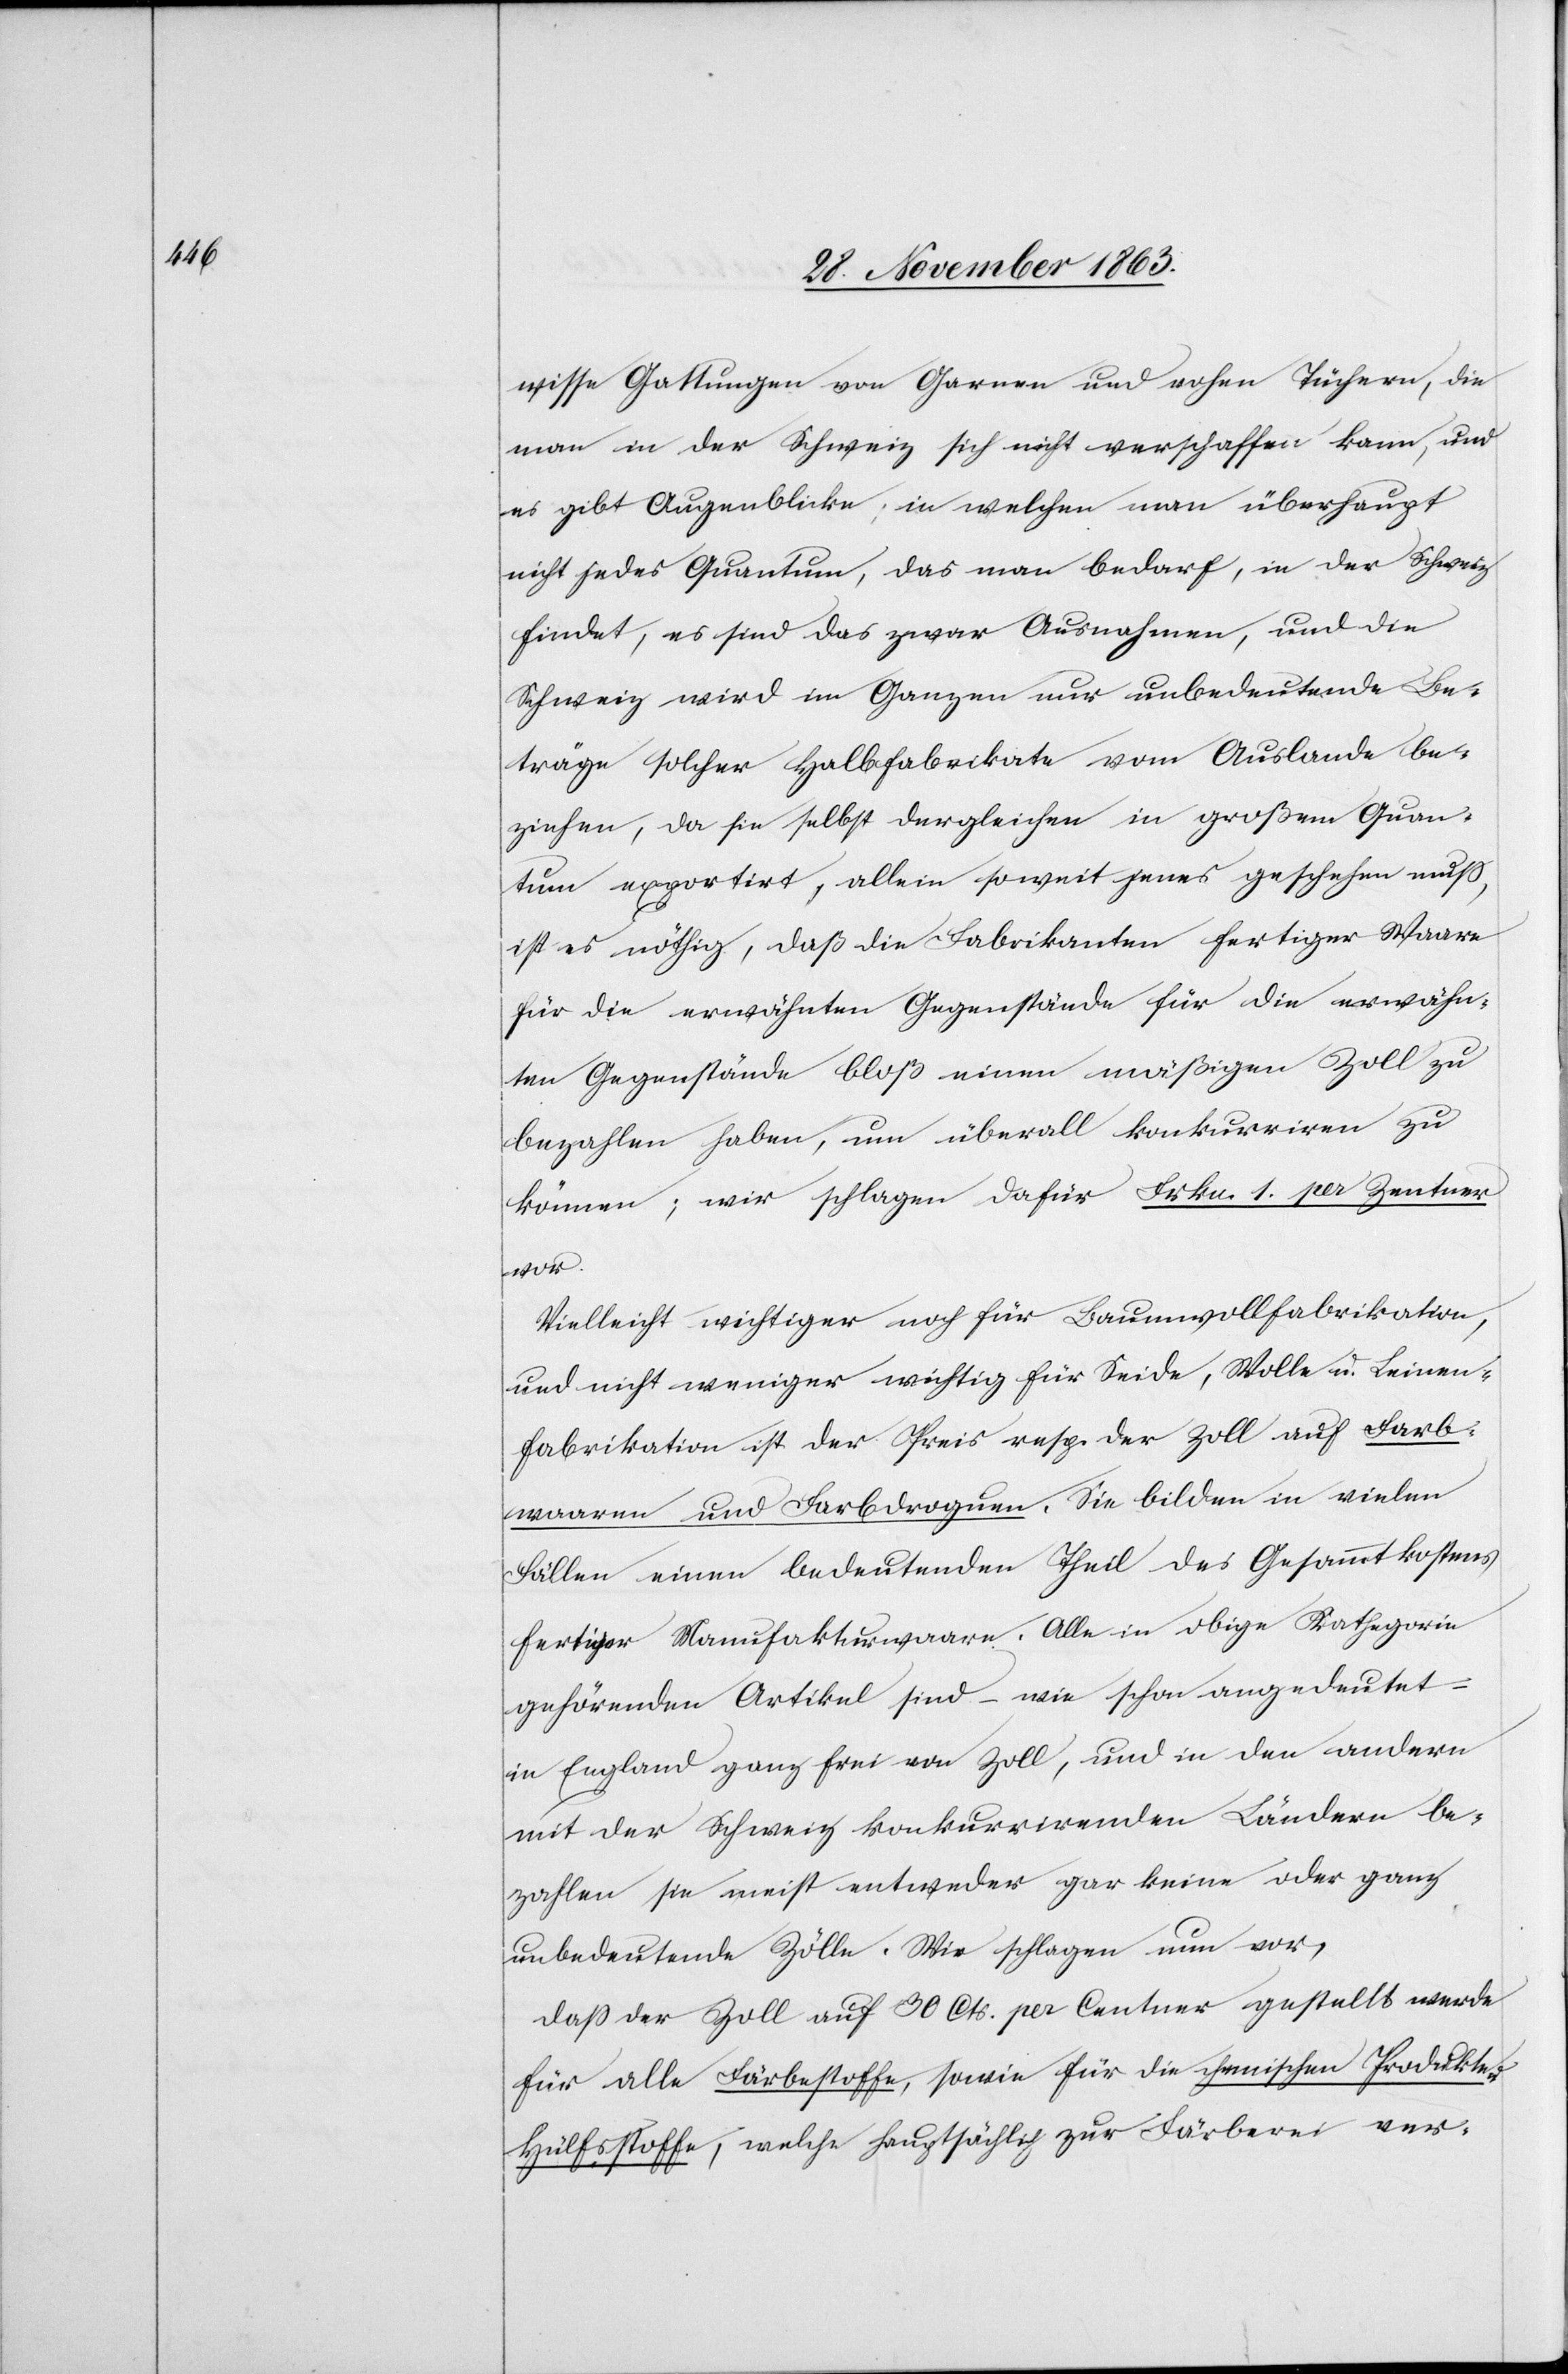
wisse Gattungen von Garnen und rohen Tüchern, die
man in der Schweiz sich nicht verschaffen kann, und
es gibt Augenblicke, in welchen man überhaupt
nicht jedes Quantum, das man bedarf, in der Schweiz
findet, es sind das zwar Ausnahmen, und die
Schweiz wird im Ganzen nur unbedeutende Be¬
träge solcher Halbfabrikate vom Auslande be¬
ziehen, da sie selbst dergleichen in großem Quan¬
tum exportirt, allein soweit jenes geschehen muss,
ist es nöthig, daß die Fabrikanten fertiger Waare
für die erwähnten Gegenstände für die erwähn¬
ten Gegenstände [sic!] bloß einen mäßigen Zoll zu
bezahlen haben, um überall konkurriren zu
können; wir schlagen dafür Frkn. 1. per Zentner
vor.
Vielleicht wichtiger noch für Baumwollfabrikation,
und nicht weniger wichtig für Seide, Wolle u. Leinen¬
fabrikation ist der Preis resp. der Zoll auf Farb¬
waaren und Farbdroguen. Sie bilden in vielen
Fällen einen bedeutenden Theil des Gesammtkostens
fertiger Manufakturwaare. Alle in obige Kathegorie
gehörenden Artikel sind – wie schon angedeutet
in England ganz frei von Zoll, und in den andern
mit der Schweiz konkurrirenden Ländern be¬
zahlen sie meist entweder gar keine oder ganz
unbedeutende Zölle. Wir schlagen nur vor,
dass der Zoll auf 30 Cts. per Centner gestellt werde
für alle Färbestoffe, sowie für die chemischen Produkte-H¬
ülfsstoffe, welche hauptsächlich zur Färberei ver-